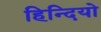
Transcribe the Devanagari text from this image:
हिन्दियो